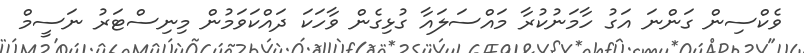
ވެކްސިން ގަންނަ އަގު ހާމަނުކުރާ މައްސަލައާ ގުޅިގެން ވާހަކަ ދައްކަވަމުން މިނިސްޓަރު ނަސީމް